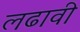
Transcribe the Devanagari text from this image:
लढावी